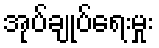
အုပ်ချုပ်ရေးမှုး